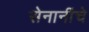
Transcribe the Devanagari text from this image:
सेनानींचे